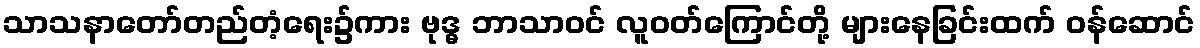
သာသနာတော်တည်တံ့ရေး၌ကား ဗုဒ္ဓ ဘာသာဝင် လူဝတ်ကြောင်တို့ များနေခြင်းထက် ဝန်ဆောင်